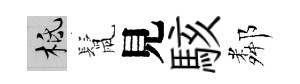
柢鬛見駭鄰